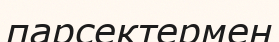
парсектермен